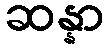
ဆန္နာ